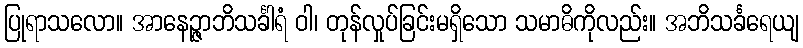
ပြုရာသလော။ အာနေဉ္ဇာဘိသင်္ခါရံ ဝါ၊ တုန်လှုပ်ခြင်းမရှိသော သမာဓိကိုလည်း။ အဘိသင်္ခရေယျ